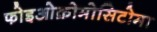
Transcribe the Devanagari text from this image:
फोइओक्रोमोसिटोमा